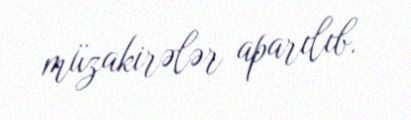
müzakirələr aparılıb.